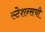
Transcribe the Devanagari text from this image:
स्टेशन्सची